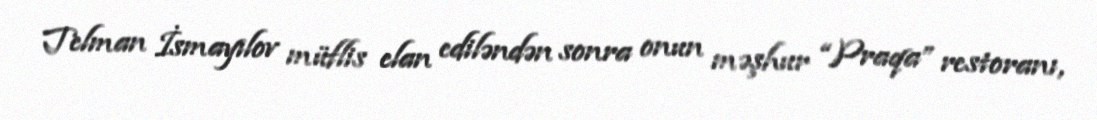
Telman İsmayılov müflis elan ediləndən sonra onun məşhur “Praqa” restoranı,